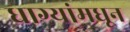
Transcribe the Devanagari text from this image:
धाग्यांमधून